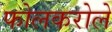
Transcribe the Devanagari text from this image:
फोलकरोले